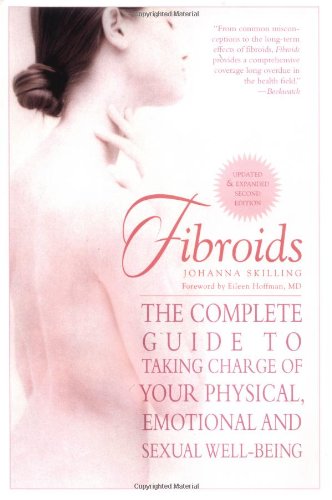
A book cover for Fibroids: The Complete Guide to Taking Charge of Your Physical, Emotional and Sexual Well-Being; Johanna Skilling; Health, Fitness & Dieting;